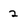
Character: 2